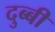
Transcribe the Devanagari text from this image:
दुब्बी